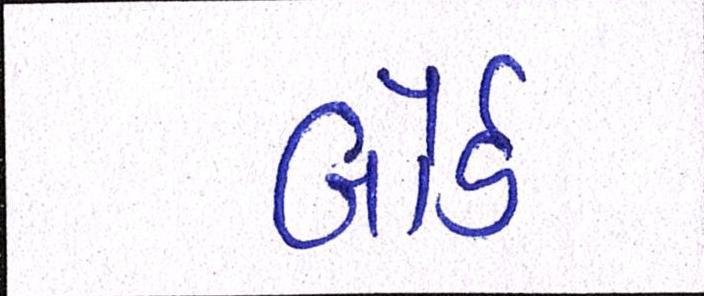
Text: બોર્ડ